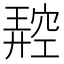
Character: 𥧪